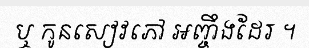
ឬ កូនសៀវភៅ អញ្ចឹងដែរ ។